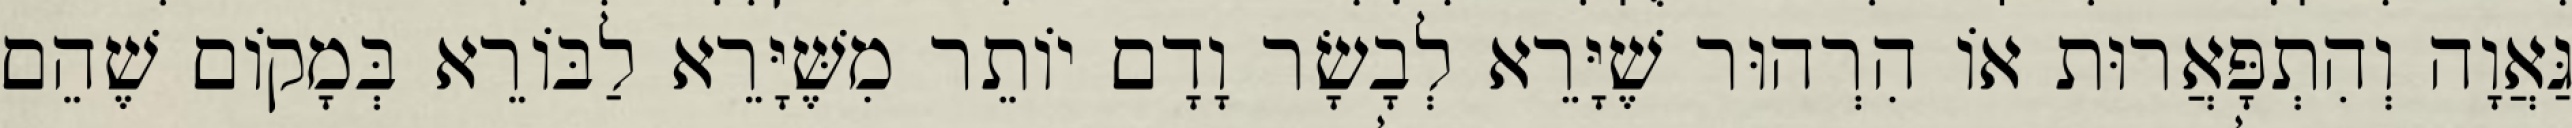
גַּאֲוָה וְהִתְפָּאֲרוּת אוֹ הִרְהוּר שֶׁיָּרֵא לְבָשָׂר וָדָם יוֹתֵר מִשֶּׁיָּרֵא לַבּוֹרֵא בְּמָקוֹם שֶׁהֵם